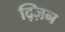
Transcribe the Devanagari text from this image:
द्ज़िन